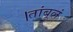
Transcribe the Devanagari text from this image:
।तांबूलं